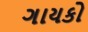
ગાયકો